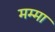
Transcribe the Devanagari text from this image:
मम्मा